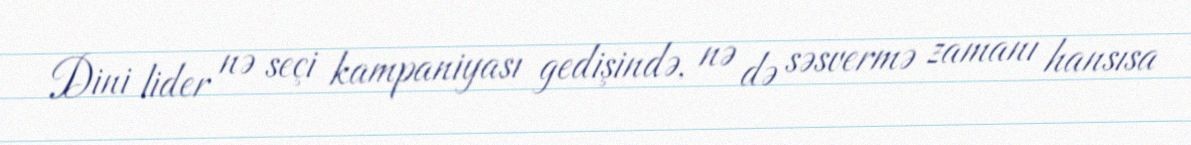
Dini lider nə seçi kampaniyası gedişində, nə də səsvermə zamanı hansısa